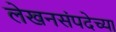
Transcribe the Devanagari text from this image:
लेखनसंपदेच्या